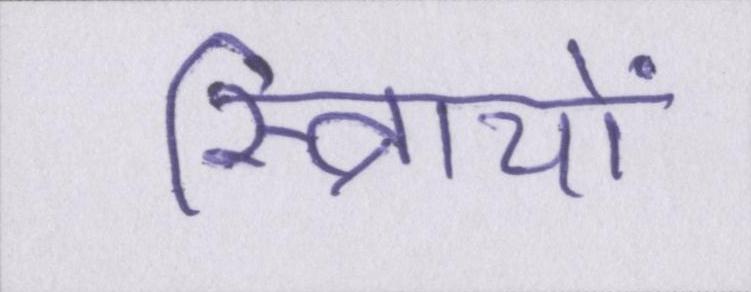
स्त्रिायों